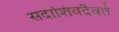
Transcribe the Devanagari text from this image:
सदाशिवदैवतं